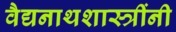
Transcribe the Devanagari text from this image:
वैद्यनाथशास्त्रींनी